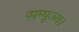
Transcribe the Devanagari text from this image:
सम्पूज्य।